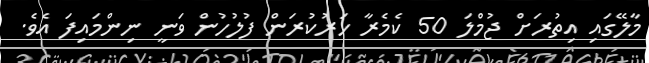
މާލޭގައި އިތުރަށް ޖުމްލަ 50 ކެމެރާ ހަރުކުރަން ފުލުހުން ވަނީ ނިންމައިފަ އެވެ.